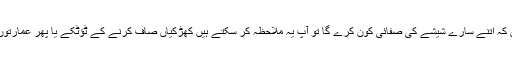
اور اگر آپ اپنے آپ سے یہ سوال کر رہے ہیں کہ اتنے سارے شیشے کی صفائی کون کرے گا تو آپ یہ ملاحظہ کر سکتے ہیں کھڑکیاں صاف کرنے کے ٹؤٹکے یا پھر عمارتوں کی صفائی کے ماہرین سے پوچھ سکتے ہیں۔